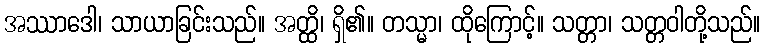
အဿာဒေါ၊ သာယာခြင်းသည်။ အတ္ထိ၊ ရှိ၏။ တသ္မာ၊ ထိုကြောင့်။ သတ္တာ၊ သတ္တဝါတို့သည်။